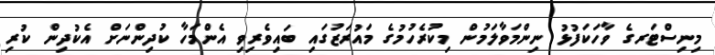
މިނިސްޓަރގެ ވާހަކަފުޅު ނިންމަވާލަމުން މިކުރެހުމުގެ މައުރަޒުގައި ބައިވެރިވި އެންމަހާ ކުދިންނަށް އެކުދިން ކުރި